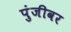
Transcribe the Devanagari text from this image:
पुंजीवर